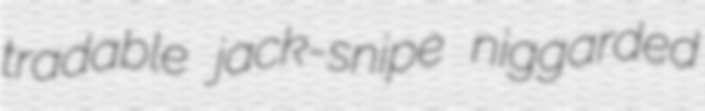
tradable jack-snipe niggarded